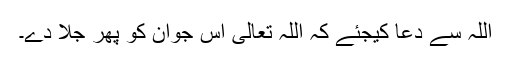
اللہ سے دعا کیجئے کہ اللہ تعالیٰ اس جوان کو پھر جلا دے۔